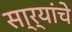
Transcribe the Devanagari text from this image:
सा्र्‍यांचे